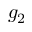
g _ { 2 }